画像に写った文字を読んでください
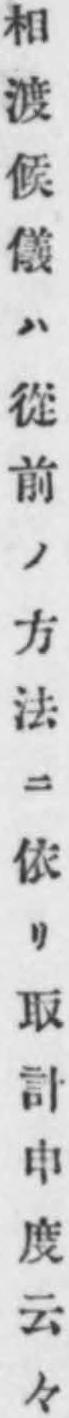
「相渡候儀ハ從前ノ方法ニ依リ取計申度云々」と書いてあります